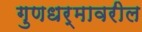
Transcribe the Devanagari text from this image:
गुणधर्मावरील